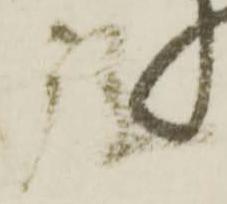
弥